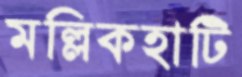
মল্লিকহাটি